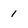
Character: 1